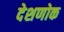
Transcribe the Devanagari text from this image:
देशणोक